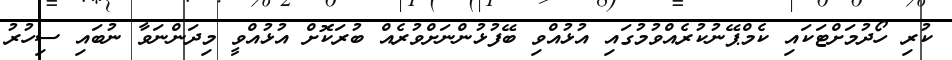
ކުރި ހޯދުމަށްޓަކައި ކެމްޕޭނުކުރެއްވުމުގައި އުޅުއްވި ބޭފުޅުންނަށްވުރެއް ބުރަކޮށް އުޅުއްވީ މިދަންނަވާ ނުބައި ސިހުރު